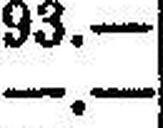
—.—